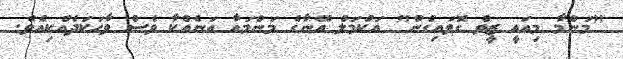
"މަންމާ މިއައީ ޒީވް ގޮވައިގެން" އަކްމަލް އޭނާގެ މަންމައާ އަނެއްކާ ވެސް ވާހަކަދެއްކިއެވެ.